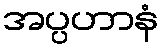
အပ္ပဟာနံ